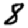
Digit: 8